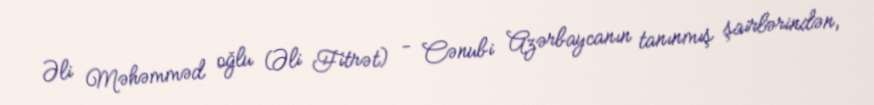
Əli Məhəmməd oğlu (Əli Fitrət) - Cənubi Azərbaycanın tanınmış şairlərindən,